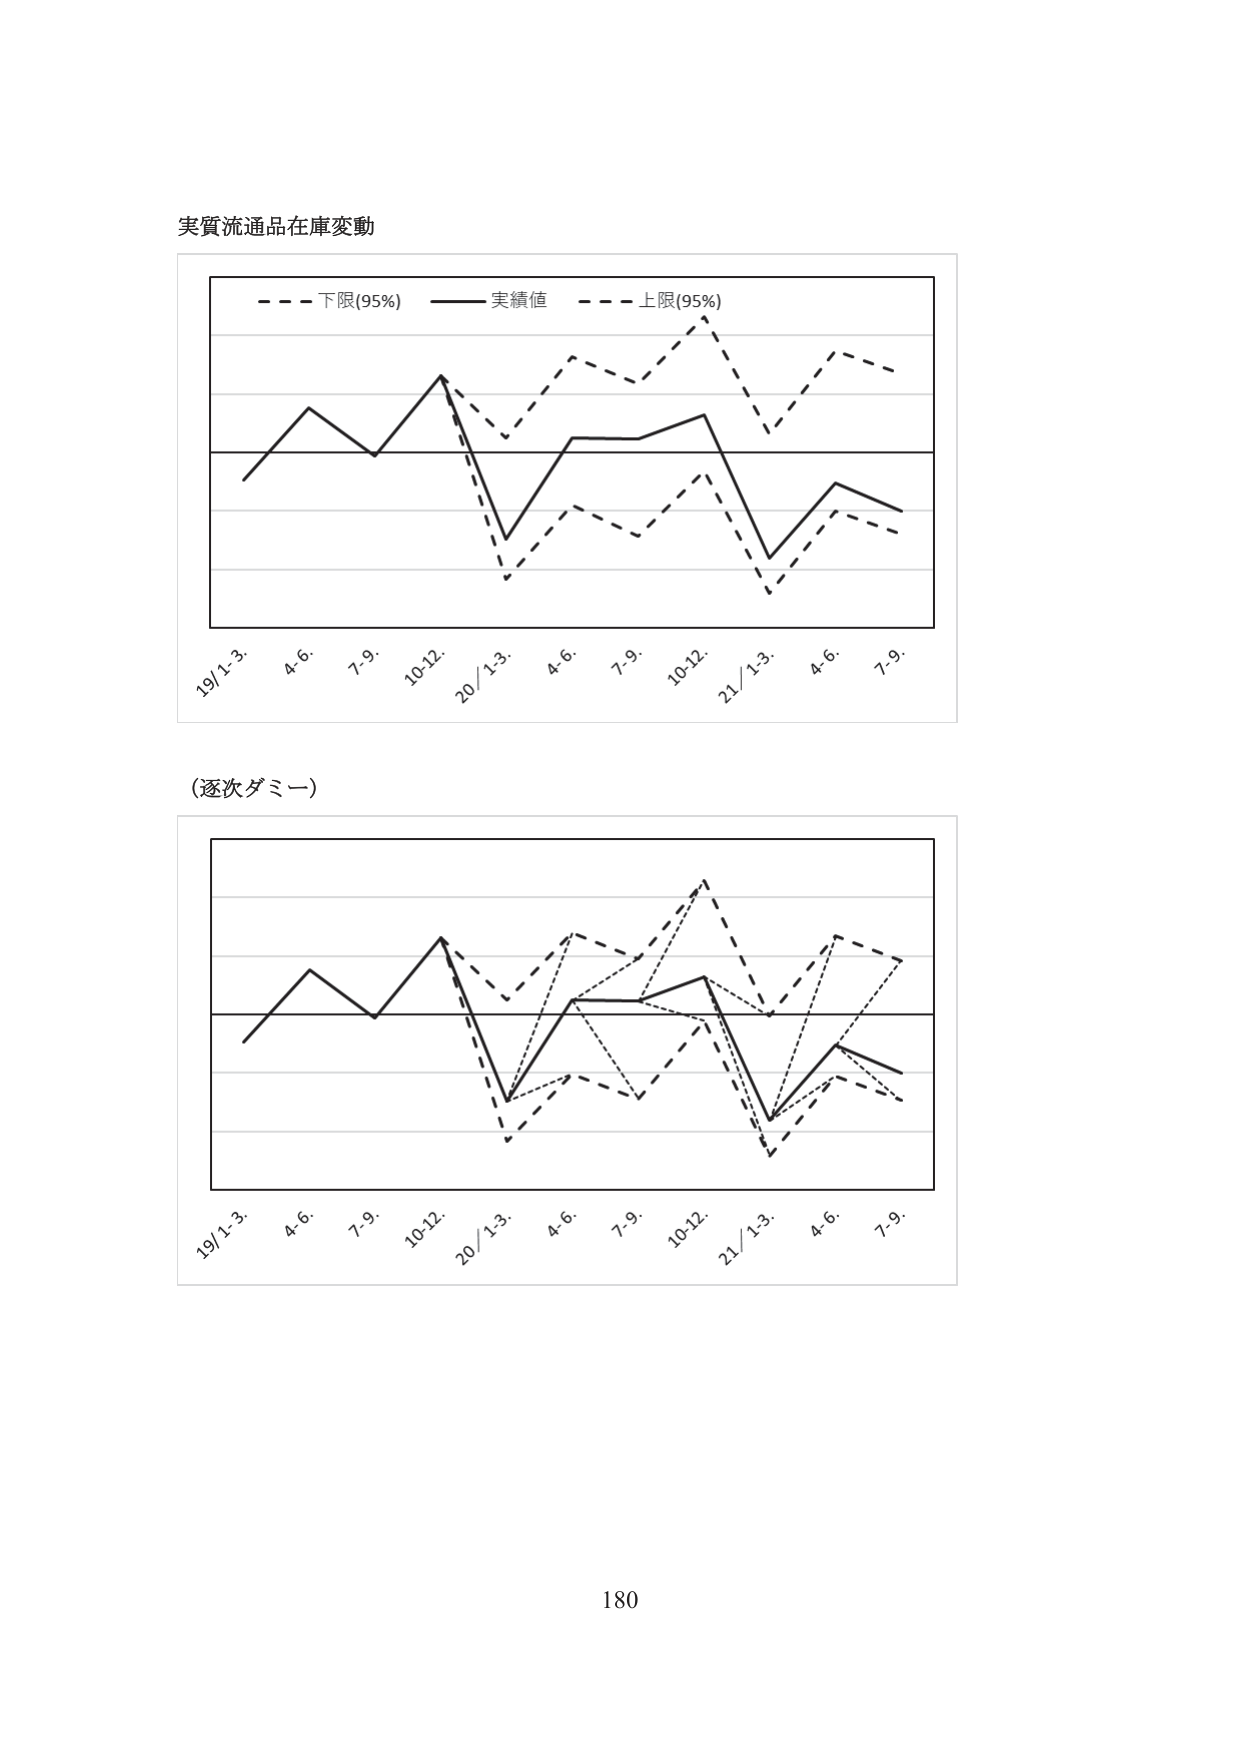
実質流通品在庫変動

- - - 下限(95%) —— 実績値 - - - 上限(95%)

19/1-3. 4-6. 7-9. 10-12. 20/1-3. 4-6. 7-9. 10-12. 21/1-3. 4-6. 7-9.

(逐次ダミー)

19/1-3. 4-6. 7-9. 10-12. 20/1-3. 4-6. 7-9. 10-12. 21/1-3. 4-6. 7-9.

180